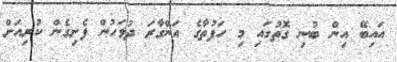
އައިބޭ އިން ބުނި ގޮތުގައި މި ހަފުތާގެ އަންގާރަ ދުވަހުން ފެށިގެން ކުރިއަށް